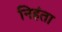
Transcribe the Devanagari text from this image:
निहंता